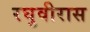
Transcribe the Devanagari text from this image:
रघुवीरास